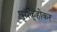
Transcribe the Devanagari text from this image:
पृथक्‌होकर